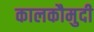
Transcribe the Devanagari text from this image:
कालकौमुदी